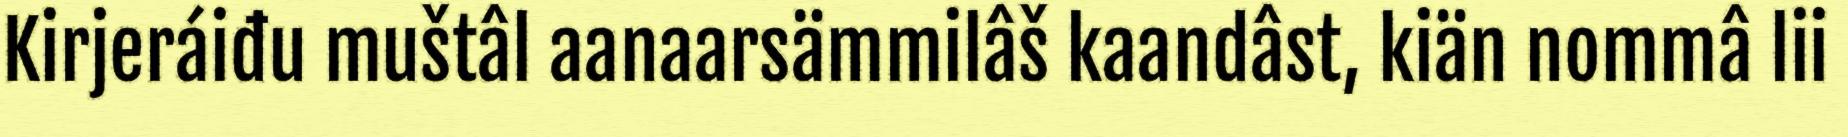
Kirjeráiđu muštâl aanaarsämmilâš kaandâst, kiän nommâ lii